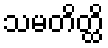
သမတိတ္ထိ